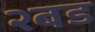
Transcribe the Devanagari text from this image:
२बड